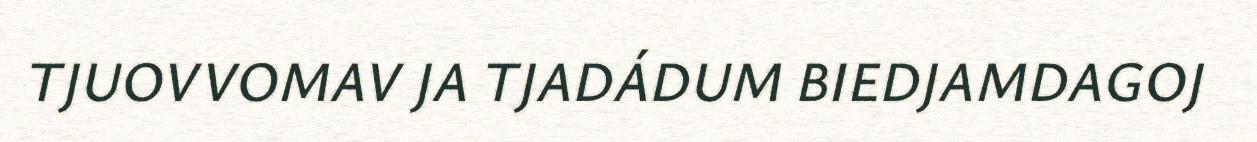
TJUOVVOMAV JA TJADÁDUM BIEDJAMDAGOJ